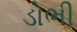
ડોભી